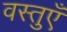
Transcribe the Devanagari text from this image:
वस्‍तुएँ